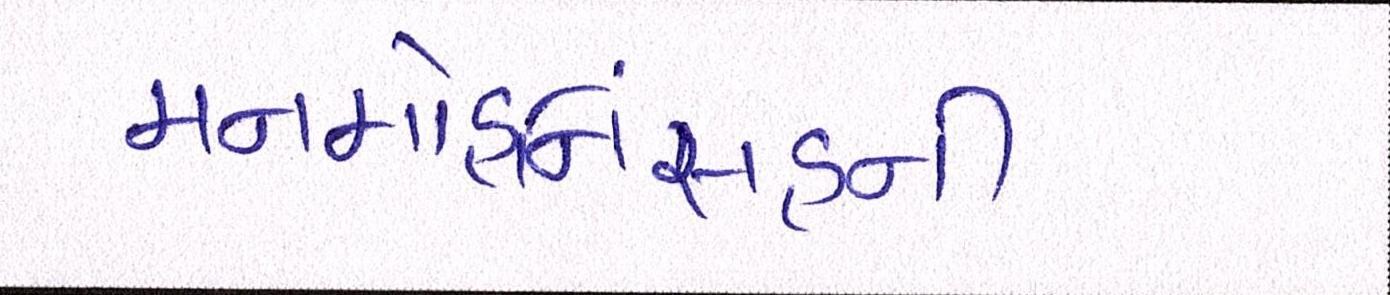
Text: મનમોહનિંસહની